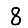
Digit: 8